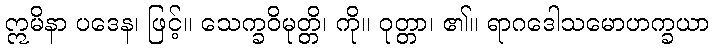
ဣမိနာ ပဒေန၊ ဖြင့်။ သေက္ခဝိမုတ္တိ၊ ကို။ ဝုတ္တာ၊ ၏။ ရာဂဒေါသမောဟက္ခယာ